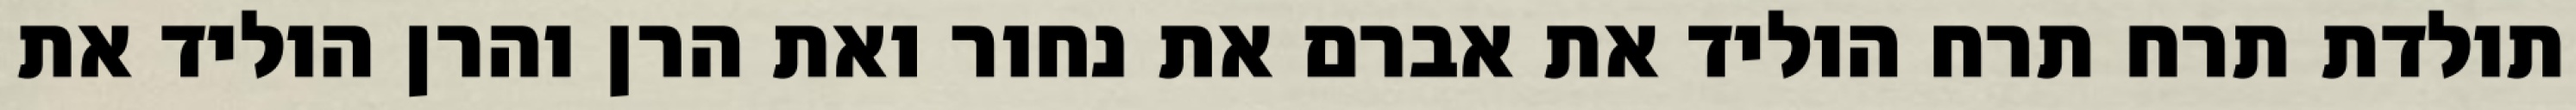
תולדת תרח תרח הוליד את אברם את נחור ואת הרן והרן הוליד את